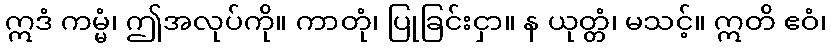
ဣဒံ ကမ္မံ၊ ဤအလုပ်ကို။ ကာတုံ၊ ပြုခြင်းငှာ။ န ယုတ္တံ၊ မသင့်။ ဣတိ ဧဝံ၊